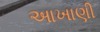
આખાણી